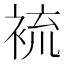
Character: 裗